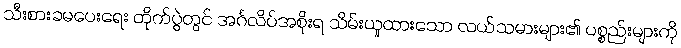
သီးစားခမပေးရေး တိုက်ပွဲတွင် အင်္ဂလိပ်အစိုးရ သိမ်းယူထားသော လယ်သမားများ၏ ပစ္စည်းများကို